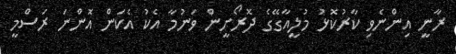
ރާނީ އިންނެވި ކާރުކޮޅު މުލީއާގޭގެ ދޮރޯށީން ވަނުމާ އެކު އެކަން އޮންނަ ރަސްމީ